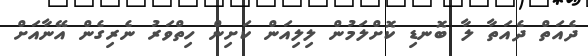
ދެއަތް ދެއަތާ ލާ ބޮނޑި ކޮށްލަމުން ލިލިއަން ކަށިން ހިތްވަރު ނެރިގެން އޭނާއަށް